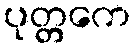
ပုတ္တကေ